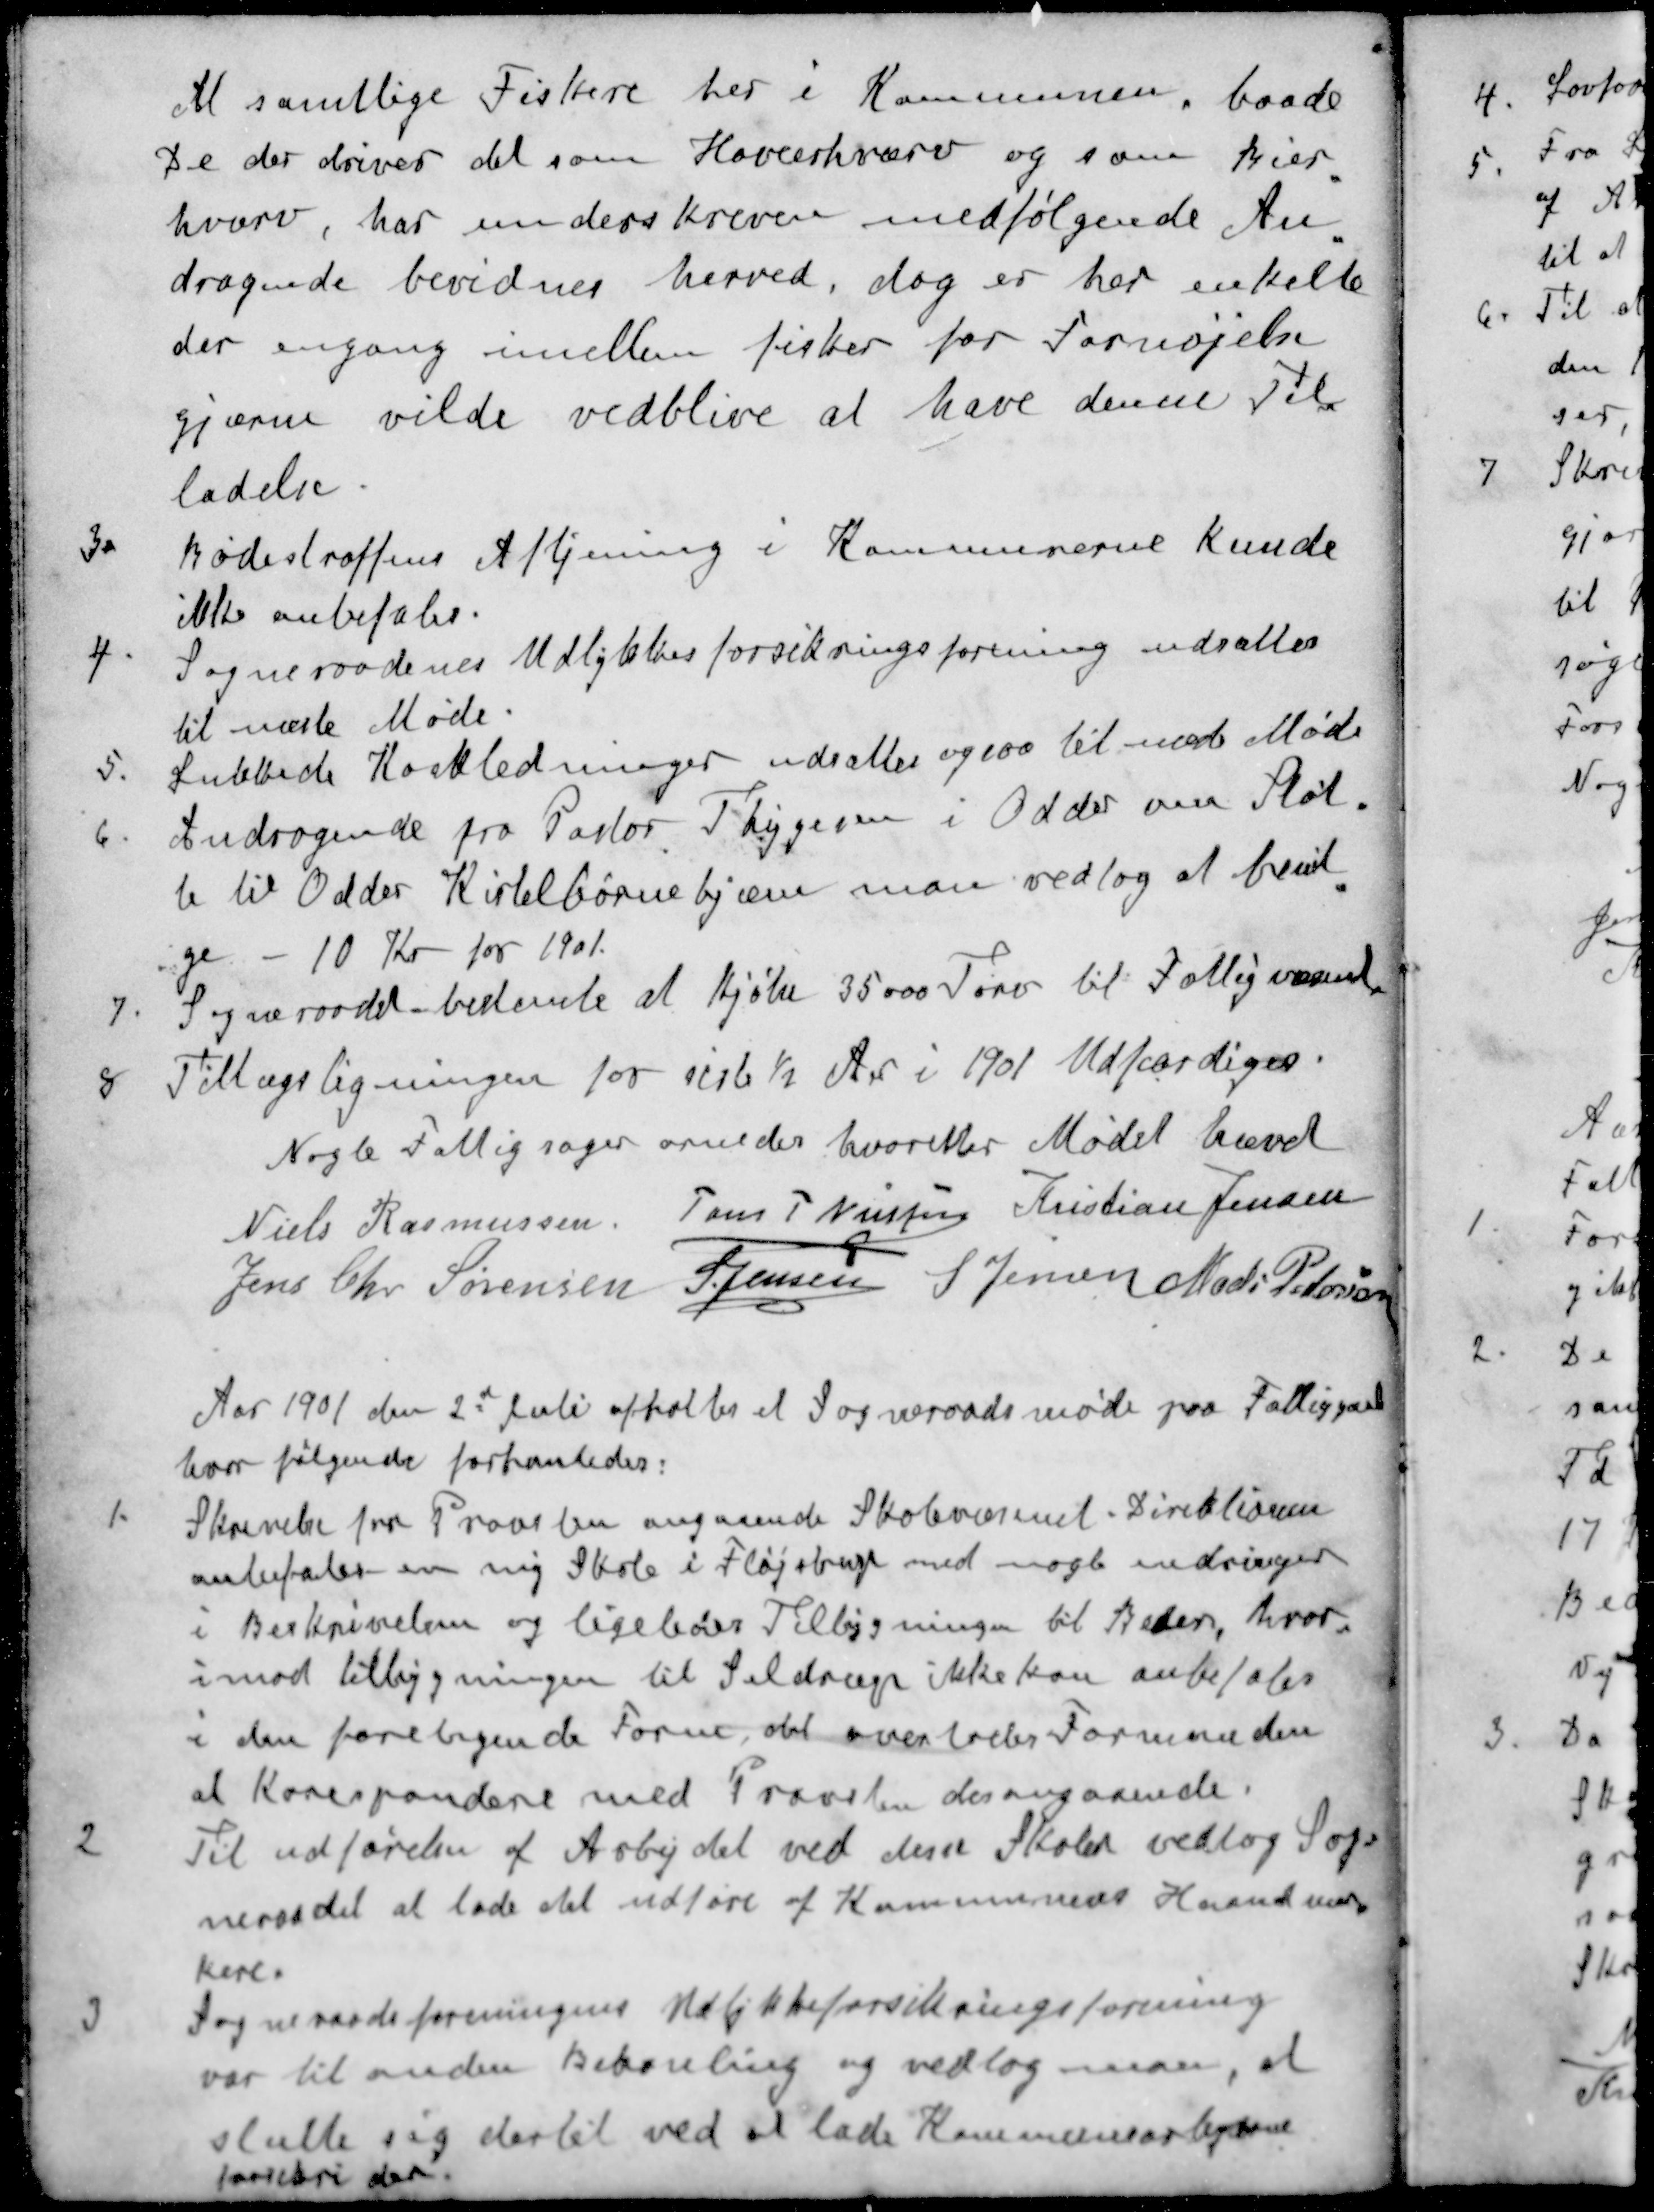
Transskription:
At samtlige Fiskere her i Kommunen, baade
De der driver det som Hoverhværv og som Bier-
hværv, har underskreven medfølgende An
dragende bevidnes herved, dog er her enkelte
der engang imellem fisker for Fornøjelse
gjærne vilde vedblive at have denne Til
ladelse
3. Bødestraffens Aftjening i Kommunerne kunde
ikke anbefales.
4 Sogneraadenes Udlykkesforsikringsforening udsattes
til næste Møde
5 Lukkede Koakledninger udsattes og 100 til med Møde
6 Andragende fra Pastor Thygesen i Odder om Støt
te til Odder Kirkebørnehjæm man vedtog at bevil
ge - 10 Kr for 1901.
7 Sogneraadet bestemte at kjøbe 35000 Tørv til Fattigvæsenet
8 Tillægsligningen for siste ½ Aar i 1901 Udfærdiges.
Nogle Fattigsager ornedes hvorefter Mødet hævet
Niels Rasmussen
Jens P Nielsen
Kristian Jensen
Jens Chr. Sørensen
S Jensen
S Jensen
Mads Petersen
Aar 1901 den 2d Juli afholtes et Sogneraadsmøde paa Fattiggaard
hvor følgende forhanledes:
1 Skrivelse fra Provsten angaaende Skolevæsenet. Direktionen
anbefaler en ny Skole i Fløjstrup med nogle endringer
i Beskrivelsen og ligeledes Tilbygningen til Beder, hvor
imod tilbygningen til Seldrup ikke kan anbefales
i den foretagende Form, det overlodes Formanden
at Korespondere med Provsten desangaaende:
2 Til udførelse af Arbejdet ved disse Skolen vedtog Sog-
neraadet at lade det udføre af Kommunens Haandvær-
kere.
3 Sogneraadsforeningens Udlykkeforsikringsforening
var til anden Behanling og vedtog man, at
slutte sig dertil ved at lade Kommunearbejderne
forsikre der